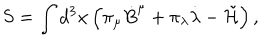
S = \int d ^ { 3 } x \left( \pi _ { \mu } { \dot { B } } ^ { \mu } + \pi _ { \lambda } { \dot { \lambda } } - \tilde { \cal H } \right) ,